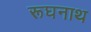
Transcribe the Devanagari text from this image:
रूघनाथ